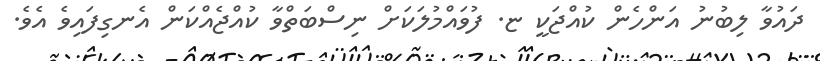
ދައުވާ ލިބުނު އަންހެން ކުއްޖަކީ ޏ. ފުވައްމުލަކަށް ނިސްބަތްވާ ކުއްޖެއްކަން އެނގިފައިވެ އެވެ.